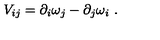
V _ { i j } = \partial _ { i } \omega _ { j } - \partial _ { j } \omega _ { i } \ .